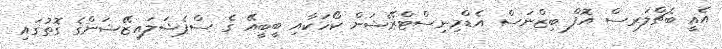
އެއީ ބެޗްލަރސް އޮފް ބިޒްނަސް އެޑްމިނިސްޓްރޭޝަން ކޯހަކާއި ބީބީއޭ ގެ ސްޕެޝަލައިޒޭޝަންގެ ގޮތުގައި